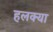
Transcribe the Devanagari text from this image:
हलक्‍या